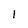
Character: I